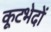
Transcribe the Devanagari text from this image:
कूटभेदों